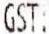
GST: